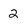
Character: 2